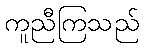
ကူညီကြသည်